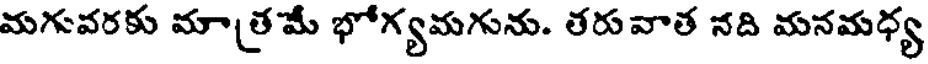
మగువరకు మాత్రమే భోగ్యమగును. తరువాత నది మనమధ్య